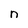
Character: n